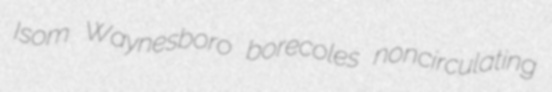
Isom Waynesboro borecoles noncirculating